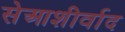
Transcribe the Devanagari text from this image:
सेआशीर्वाद